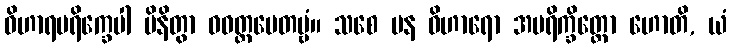
ဝိဟာရပရိက္ခေပါ မိနိတွာ ဝဝတ္ထပေတဗ္ဗံ။ သစေ ပန ဝိဟာရော အပရိက္ခိတ္တော ဟောတိ, ယံ